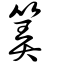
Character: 筭